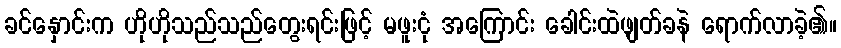
ခင်နှောင်းက ဟိုဟိုသည်သည်တွေးရင်းဖြင့် မဖူးငုံ အကြောင်း ခေါင်းထဲဖျတ်ခနဲ ရောက်လာခဲ့၏။